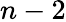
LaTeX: n-2